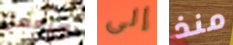
سيعمل إلى منذ